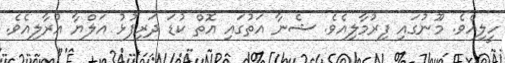
ހީލިއެވެ. މޫނުގައި ފިރުމާލިއެވެ. ޝެނާ އަތުގައި އޮތް ކުޑަ ދަރިފުޅު އަލްޔާ އުރާލިއެވެ.